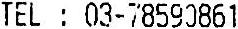
TEL : 03-78590861